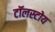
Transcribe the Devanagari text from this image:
टॉलस्टोय